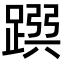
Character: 𨂳